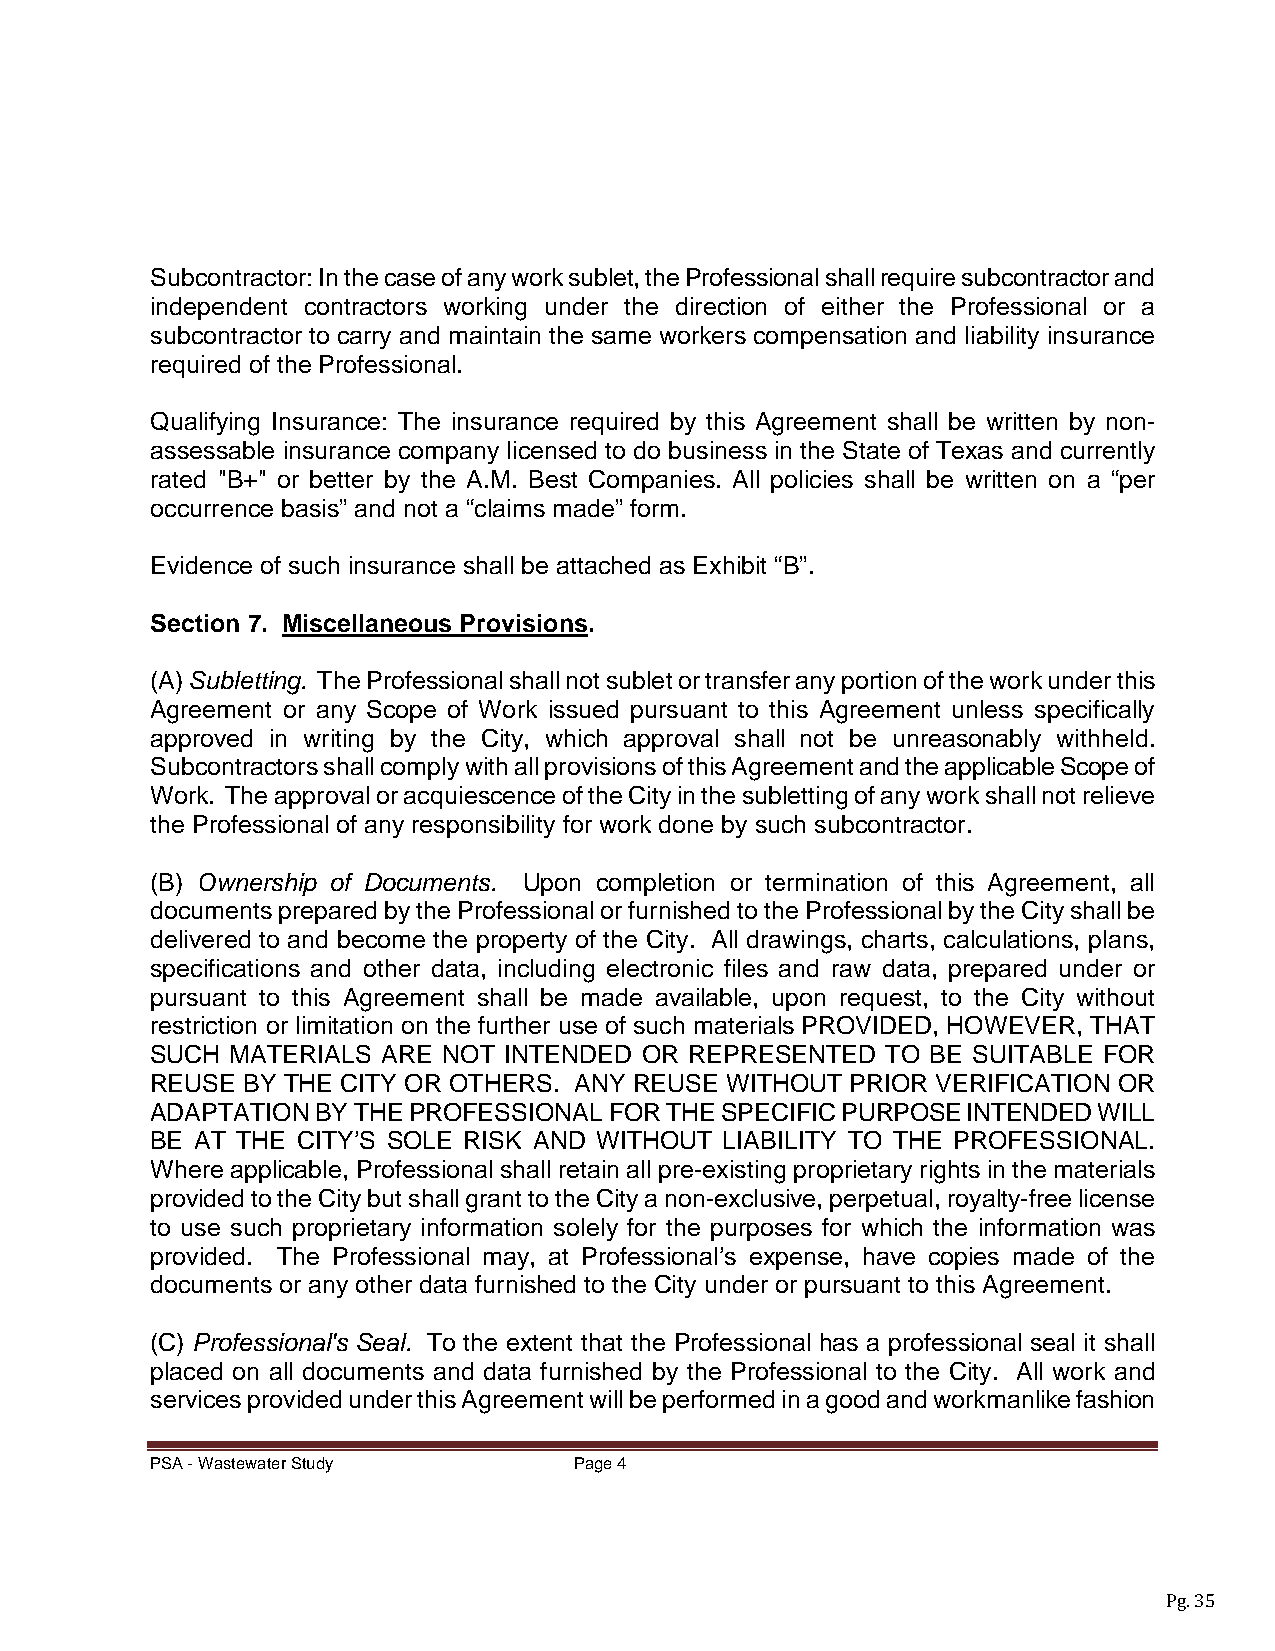
Subcontractor: In the case of any work sublet, the Professional shall require subcontractor and
 independent contractors working under the direction of either the Professional or a
 subcontractor to carry and maintain the same workers compensation and liability insurance
 required of the Professional.
 Qualifying Insurance: The insurance required by this Agreement shall be written by non-
 assessable insurance company licensed to do business in the State of Texas and currently
 rated "B+" or better by the A.M. Best Companies. All policies shall be written on a “per
 occurrence basis” and not a “claims made” form.
 Evidence of such insurance shall be attached as Exhibit “B”.
 Section 7. Miscellaneous Provisions.
 (A) Subletting. The Professional shall not sublet or transfer any portion of the work under this
 Agreement or any Scope of Work issued pursuant to this Agreement unless specifically
 approved in writing by the City, which approval shall not be unreasonably withheld.
 Subcontractors shall comply with all provisions of this Agreement and the applicable Scope of
 Work. The approval or acquiescence of the City in the subletting of any work shall not relieve
 the Professional of any responsibility for work done by such subcontractor.
 (B) Ownership of Documents. Upon completion or termination of this Agreement, all
 documents prepared by the Professional or furnished to the Professional by the City shall be
 delivered to and become the property of the City. All drawings, charts, calculations, plans,
 specifications and other data, including electronic files and raw data, prepared under or
 pursuant to this Agreement shall be made available, upon request, to the City without
 restriction or limitation on the further use of such materials PROVIDED, HOWEVER, THAT
 SUCH MATERIALS ARE NOT INTENDED OR  REPRESENTED  TO BE SUITABLE FOR
 REUSE BY THE CITY OR OTHERS. ANY REUSE WITHOUT PRIOR VERIFICATION OR
 ADAPTATION BY THE PROFESSIONAL FOR THE SPECIFIC PURPOSE INTENDED WILL
 BE AT THE CITY’S SOLE RISK AND WITHOUT LIABILITY TO THE PROFESSIONAL.
 Where applicable, Professional shall retain all pre-existing proprietary rights in the materials
 provided to the City but shall grant to the City a non-exclusive, perpetual, royalty-free license
 to use such proprietary information solely for the purposes for which the information was
 provided. The Professional may, at Professional’s expense, have copies made of the
 documents or any other data furnished to the City under or pursuant to this Agreement.
 (C) Professional's Seal. To the extent that the Professional has a professional seal it shall
 placed on all documents and data furnished by the Professional to the City. All work and
 services provided under this Agreement will be performed in a good and workmanlike fashion
 PSA - Wastewater Study      Page 4
 Pg. 35